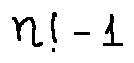
n ! - 1